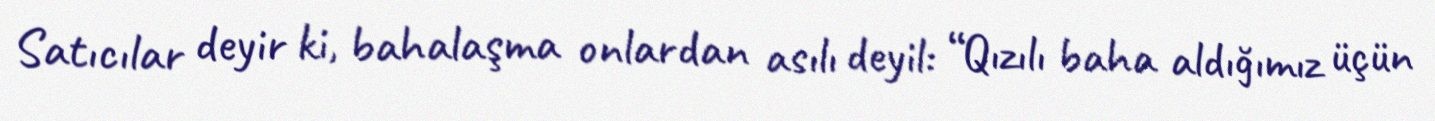
Satıcılar deyir ki, bahalaşma onlardan asılı deyil: “Qızılı baha aldığımız üçün